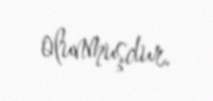
olunmuşdur.